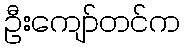
ဦးကျော်တင်က